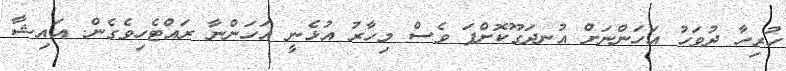
ހުރިހާ ދުވަހު އަހަންނަށް އުނދަގޫކޮށްފަ ވެސް މިހާރު އުޅެނީ އަހަންނާ ރައްޓެހިވެގެން. އައިޝާ